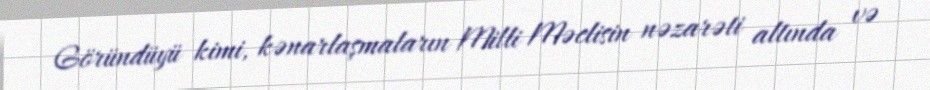
Göründüyü kimi, kənarlaşmaların Milli Məclisin nəzarəti altında və